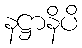
နဋ္ဌာနိပိ